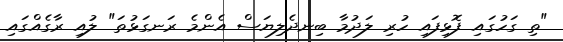
"ތި ގަހުގައި ފޮޅިފައި ހުރި ލަދުމާ ބިނދެލިޔަސް އެންމެ ރަނގަޅުތަ" ލުއި ރާގެއްގައި